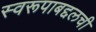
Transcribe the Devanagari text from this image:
स्वरूपाबद्दलची